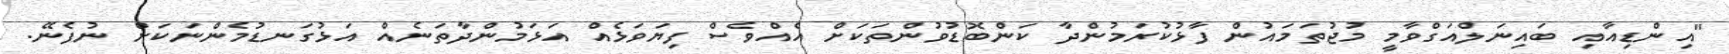
"އިންޑިއާއި ބައިނަލްއަގްވާމީ މުޖުތަމައުން ފާޅުކުރަމުންދާ ކަންބޮޑުވުންތަކަށް އެއްވެސް ފިޔަވަޅެއް އަޅަމުންދާތަނެއް އަޅުގަނޑުމެންނަކަށް ނުފެނޭ.